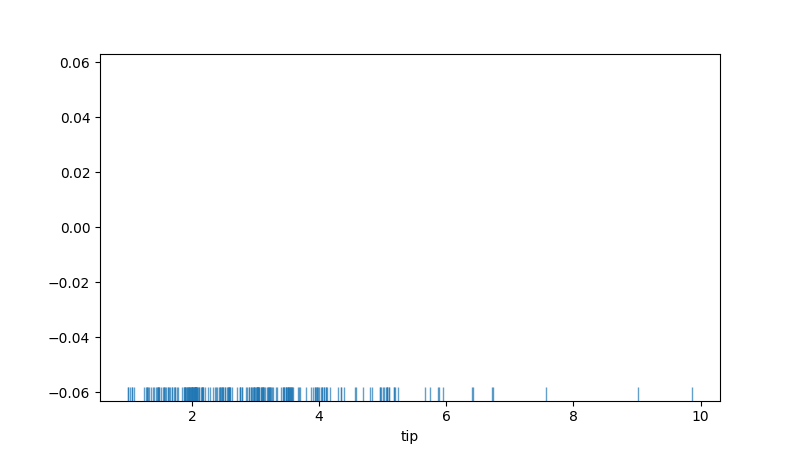
python, seaborn, rugplot, height=0.04, axis='x', alpha=0.7